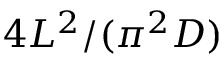
4 L ^ { 2 } / ( \pi ^ { 2 } D )